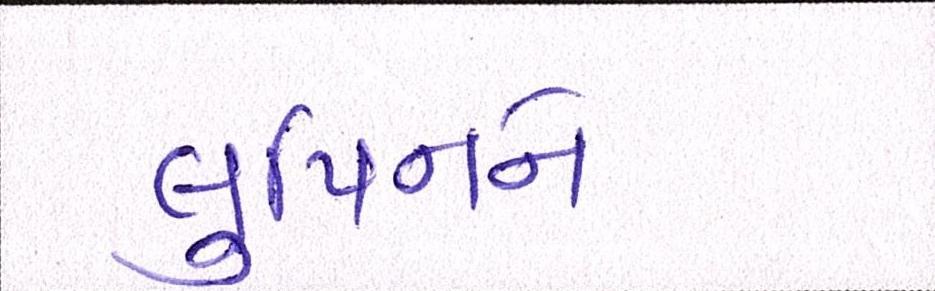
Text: લુપિનને